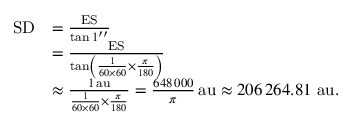
{ \begin{array} { r l } { \mathrm { S D } } & { = { \frac { \mathrm { E S } } { \tan 1 ^ { \prime \prime } } } } \\ & { = { \frac { \mathrm { E S } } { \tan \left( { \frac { 1 } { 6 0 \times 6 0 } } \times { \frac { \pi } { 1 8 0 } } \right) } } } \\ & { \approx { \frac { 1 \, \mathrm { a u } } { { \frac { 1 } { 6 0 \times 6 0 } } \times { \frac { \pi } { 1 8 0 } } } } = { \frac { 6 4 8 \, 0 0 0 } { \pi } } \, \mathrm { a u } \approx 2 0 6 \, 2 6 4 . 8 1 ~ \mathrm { a u } . } \end{array} }